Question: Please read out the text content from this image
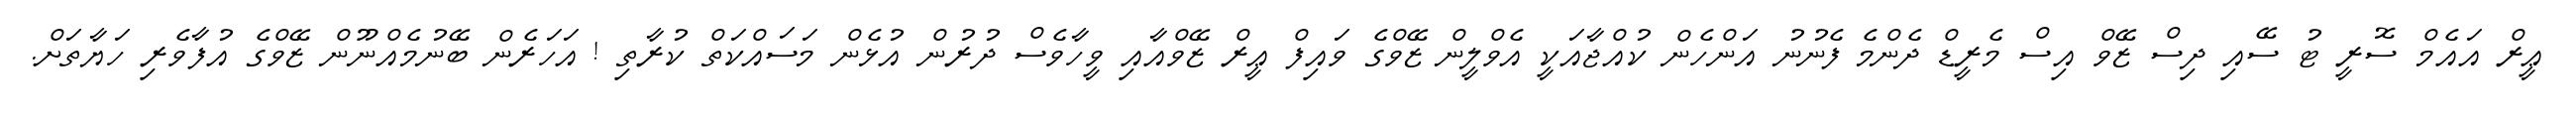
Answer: ޢީރް އައެމް ސޮރީ ޓު ސޭއި ދިސް ޒޭވް އިސް މެރީޑް ދެންމެ ފެނުނު އަންހެން ކުއްޖާއަކީ އެވްލީން ޒޭވްގެ ވައިފް ޢީރް ޒޭވްއާއި ވީހާވެސް ދުރުން އުޅެން މަސައްކަތް ކުރާތި ! އަހަރެން ބޭނުމެއްނޫން ޒޭވްގެ އުފާވެރި ހަޔާތަށް.